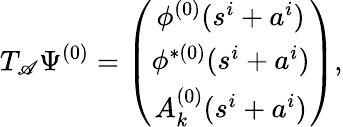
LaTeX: T_{\mathscr{A}}\Psi^{(0)}=\left(\begin{array}{c}{{\phi^{(0)}(s^{i}+a^{i})}}\\ {{\phi^{\ast(0)}(s^{i}+a^{i})}}\\ {{A_{k}^{(0)}(s^{i}+a^{i})}}\end{array}\right),